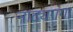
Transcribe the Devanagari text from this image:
नाट्यगंगा